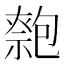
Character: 𠤃